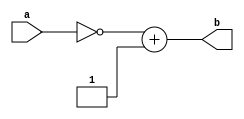
module two_comp (
	input [6:0] a ,
	output [6:0] b
	);
	assign b = (~a) + 1 ;
endmodule